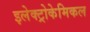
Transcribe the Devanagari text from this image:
इलेक्ट्रोकेमिकल